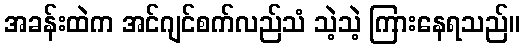
အခန်းထဲက အင်ဂျင်စက်လည်သံ သဲ့သဲ့ ကြားနေရသည်။